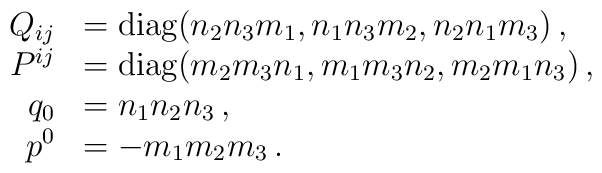
\begin{array}{rl}Q_{ij} &= {\rm diag}(n_2 n_3 m_1, n_1 n_3 m_2, n_2 n_1 m_3 ) \,, \\P^{ij} &= {\rm diag}(m_2 m_3 n_1, m_1 m_3 n_2, m_2 m_1 n_3 ) \,,\\q_0 & =  n_1 n_2 n_3  \,,\\p^0& = - m_1 m_2 m_3  \,. \end{array}